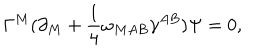
\Gamma ^ { M } ( \partial _ { M } + { \frac { 1 } { 4 } } \omega _ { M A B } \gamma ^ { A B } ) \Psi = 0 ,